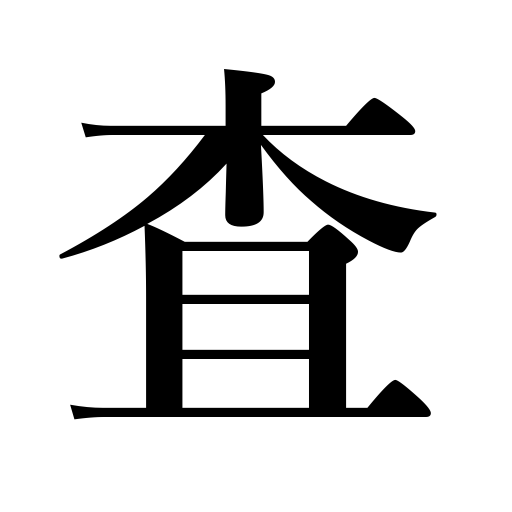
Meanings: investigate